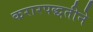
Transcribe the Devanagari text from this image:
करारपद्धतीने